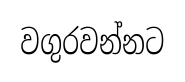
වගුරවන්නට